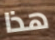
هذا